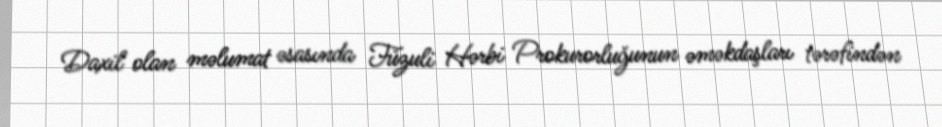
Daxil olan məlumat əsasında Füzuli Hərbi Prokurorluğunun əməkdaşları tərəfindən